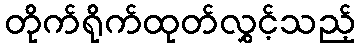
တိုက်ရိုက်ထုတ်လွှင့်သည့်